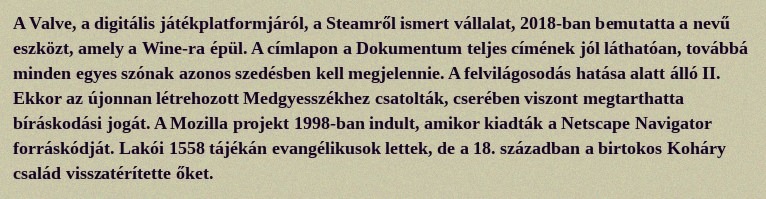
A Valve, a digitális játékplatformjáról, a Steamről ismert vállalat, 2018-ban bemutatta a nevű eszközt, amely a Wine-ra épül. A címlapon a Dokumentum teljes címének jól láthatóan, továbbá minden egyes szónak azonos szedésben kell megjelennie. A felvilágosodás hatása alatt álló II. Ekkor az újonnan létrehozott Medgyesszékhez csatolták, cserében viszont megtarthatta bíráskodási jogát. A Mozilla projekt 1998-ban indult, amikor kiadták a Netscape Navigator forráskódját. Lakói 1558 tájékán evangélikusok lettek, de a 18. században a birtokos Koháry család visszatérítette őket.